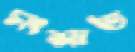
সংশ্রূত